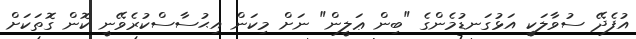
އުފެދޭ ސުވާލަކީ އަޅުގަނޑުމެންގެ "ބިން ޢަލީން" ނަށް މިކަން އިޙުސާސްކުރެވޭނީ ކޮން ގޮތަކަށް